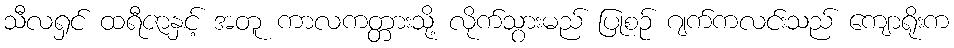
သီလရှင် ထရီဇာနှင့် အတူ ကာလကတ္တားသို့ လိုက်သွားမည် ပြုစဉ် ဂျက်ကလင်းသည် ကျောရိုးက